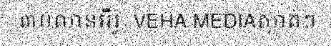
៣០លានអឺរ៉ូ  VEHA MEDIAស្ងាត់ៗ